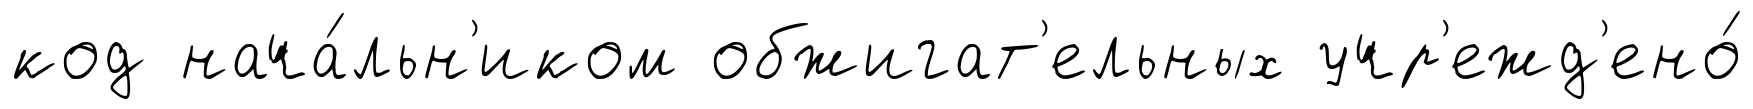
код нача́льн'иком обжигат'ельных учр'ежд'ено́